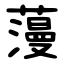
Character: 䕕